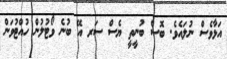
އަޅާވެސް ނުލައެވެ. ބޮސް ބުނީތީ ޔެސް ސަރ އޭ ބުނެ ވޯޓުލުން ހުއްޓުވަން